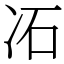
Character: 㓈